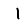
Digit: 1